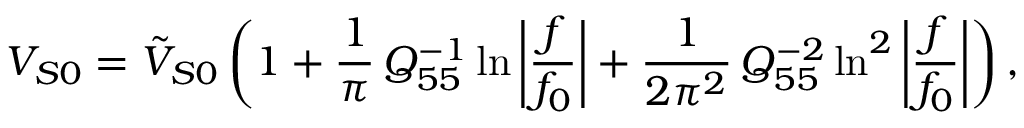
V _ { S 0 } = \tilde { V } _ { S 0 } \left( 1 + \frac { 1 } { \pi } \, Q _ { 5 5 } ^ { - 1 } \ln { \bigg | \frac { f } { f _ { 0 } } \bigg | } + \frac { 1 } { 2 \pi ^ { 2 } } \, Q _ { 5 5 } ^ { - 2 } \ln ^ { 2 } { \bigg | \frac { f } { f _ { 0 } } \bigg | } \right) ,